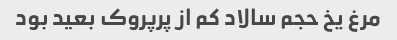
مرغ یخ حجم سالاد کم از پرپروک بعید بود